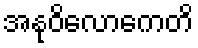
အနုဝိလောကေတိ